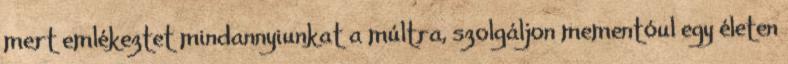
mert emlékeztet mindannyiunkat a múltra, szolgáljon mementóul egy életen